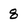
Character: 8